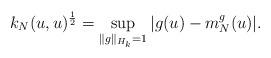
LaTeX: \begin{align*}k_N(u,u)^{\frac{1}{2}} = \sup_{\|g\|_{H_k}=1} | g(u) - m^g_N(u)|.\end{align*}